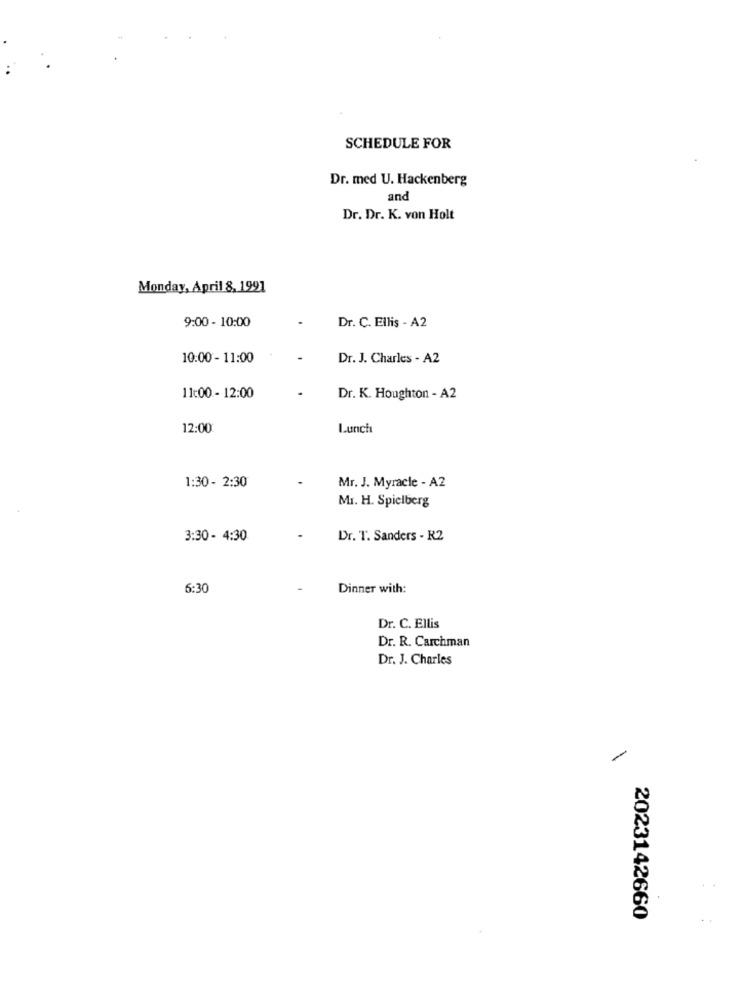
SCHEDULE FOR
Dr. med U. Hackenberg
and
Dr. Dr. K. von Holt
Monday, April 8, 1991
9:00 - 10:00
Dr. C. Ellis - A2
10:00 - 11:00
Dr. J. Charles - A2
11:00 - 12:00
Dr. K. Houghton - A2
12:00
Lunch
Mr. J. Myracle - A2
1:30 - 2:30
Mr. H. Spielberg
3:30 - 4:30
Dr. T. Sanders - R2
6:30
Dinner with:
Dr. C. Ellis
Dr. R. Carchman
Dr. J. Charles
-
2023142660